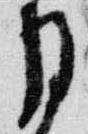
月